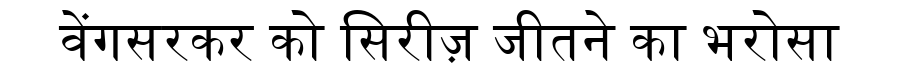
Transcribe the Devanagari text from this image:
वेंगसरकर को सिरीज़ जीतने का भरोसा